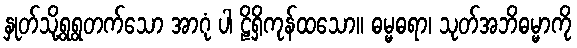
နှုတ်သို့ရွရွတက်သော အာဂုံ ပါ ဠိရှိကုန်ထသော။ ဓမ္မဓရာ၊ သုတ်အဘိဓမ္မာကို